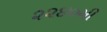
૨૨૪૦મી